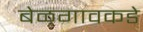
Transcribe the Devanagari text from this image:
बेळगावकडे